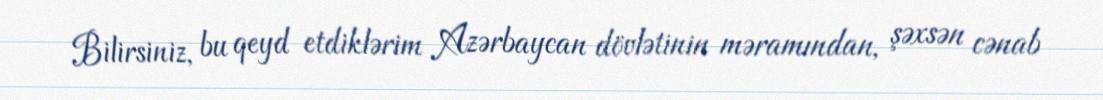
Bilirsiniz, bu qeyd etdiklərim Azərbaycan dövlətinin məramından, şəxsən cənab